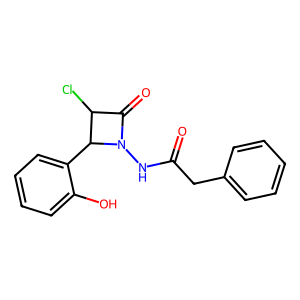
SMILES: O=C(Cc1ccccc1)NN1C(=O)C(Cl)C1c1ccccc1O
Inhibits HIV replication: No